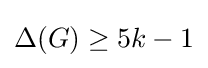
\Delta (G)\geq 5k-1